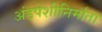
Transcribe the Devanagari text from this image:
अंडपेशीनिर्माता